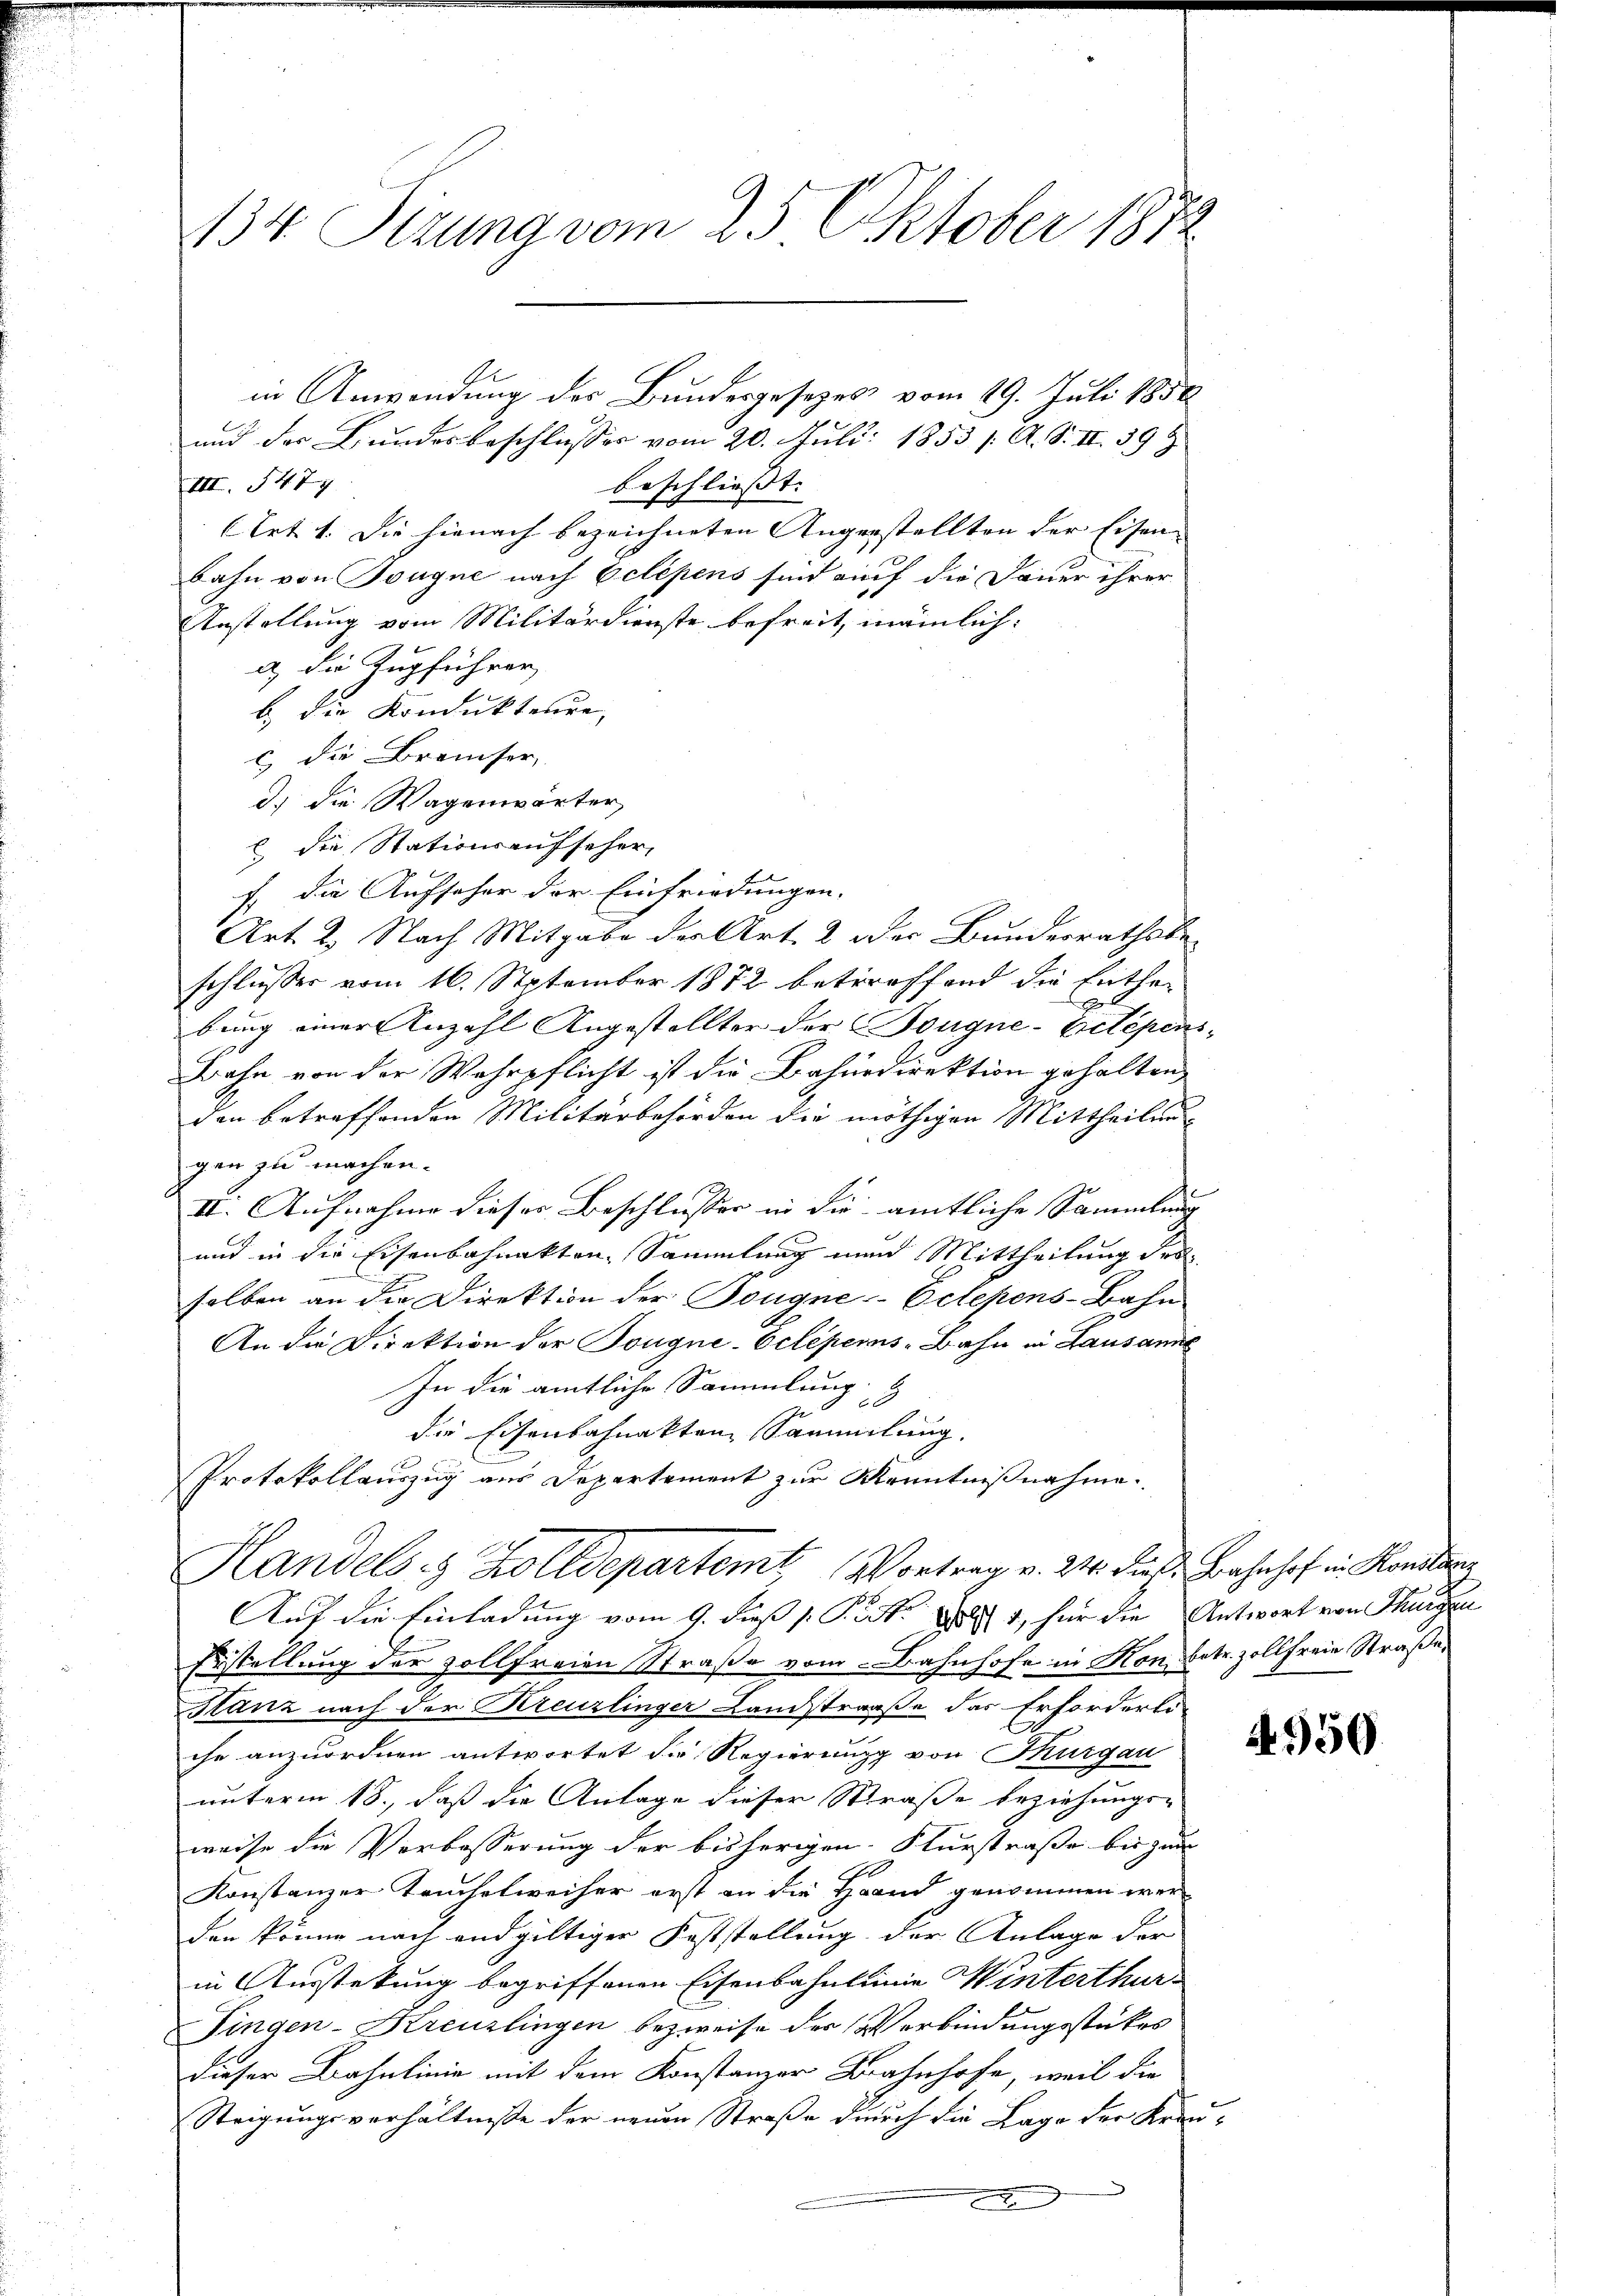
134. Sizung vom 25. Oktober 1872

und der Bundesbeschlusses vom 20. Juli 1853 /. A. S. II 398
III. 477
beschliesst. |
(Art. 1. Die hienach bezeichneten Augenstellten der Eisen- |
bahn von Tougne nach Oclépens sind auf die Dauer ihrer
Anstellung vom Militärdienste befreit, männlich:
a.) Die Zugführer
b.) Die Kondukteure,
c) die Breiser,
d.) Die Wagenwärter,
 die Stationsaufseher,
f. die Aufseher der Einfriedungen.
Art. 2. Nach Mitgabe der Art. 2 oder Bundesrathsbeschlusser vom 16. September 1872 betreffend die Enthebung einer Anzahl Angestellter der Bougne-Bilepen
Bahn von der Wehrpflicht ist die Bahurdirektion gehalten,
den betreffenden Militärbehörden die nöthigen Mittheilung
gen zu machen.
II. Aufnahme dieser Beschlusser in die amtliche Sammlung
und in die Eisenbahnakten, Sammlung und Mittheilung der
selben an die Direktion der Tongne--Oclepens-Bahn
An die Direktion der Tongne-Oclépems-Bahn in Lausanne
In die amtliche Sammlung &
2
die Eisenbahnakten Sammlung.
Protokollauszug aus Departement zur Kenntnißnahme.
Handels & Zolldepartemt (Vortrag v. 24. das Bahnhof in Kandlun¬
Auf die Einladung vom 9. dieß ( P.S. 1881, für die Antwort von Thurgen
Erstellung der vollfreien Straße vom Bahnhofe in Kon betr. zollfreie Straße,
Stanz nach der Kreuzlinger Landstraße das Erforderli
A
che anzuordnen antwortet die Regierung von Thurgau
unterm 18., daß die Anlage dieser Straße beziehungs-
weise die Verbosserung der bisherigen Flurstraße bis zum
2
Konstanzer Teuchelweiser erst an die Hand genommen werden könne nach endgültiger Feststellung der Anlage der
in Ausstekung begriffenen Eisenbahnlinie Winterthur
Fingen-Kreuzlingen bezweife der Verbindungsstükes
dieser Bahnlinie mit dem Konstanzer Bahnhofe, weil die
Steigungsverhältnisse der neuen Straße durch die Lage der Kran
e

in Anwendung des Bundesgesezes vom 19. Juli 1856

s

2

2950